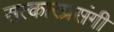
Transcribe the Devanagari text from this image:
सत्कारप्रसंगी